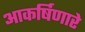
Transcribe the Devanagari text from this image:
आकर्षिणारे